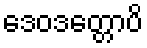
ဒေဝဒတ္တောပိ